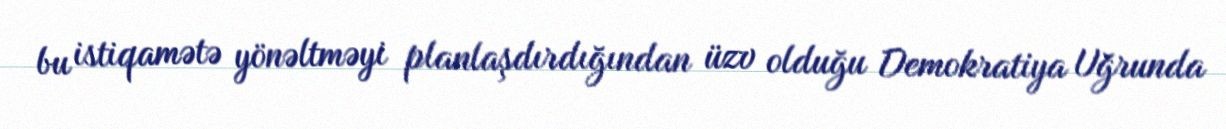
bu istiqamətə yönəltməyi planlaşdırdığından üzv olduğu Demokratiya Uğrunda